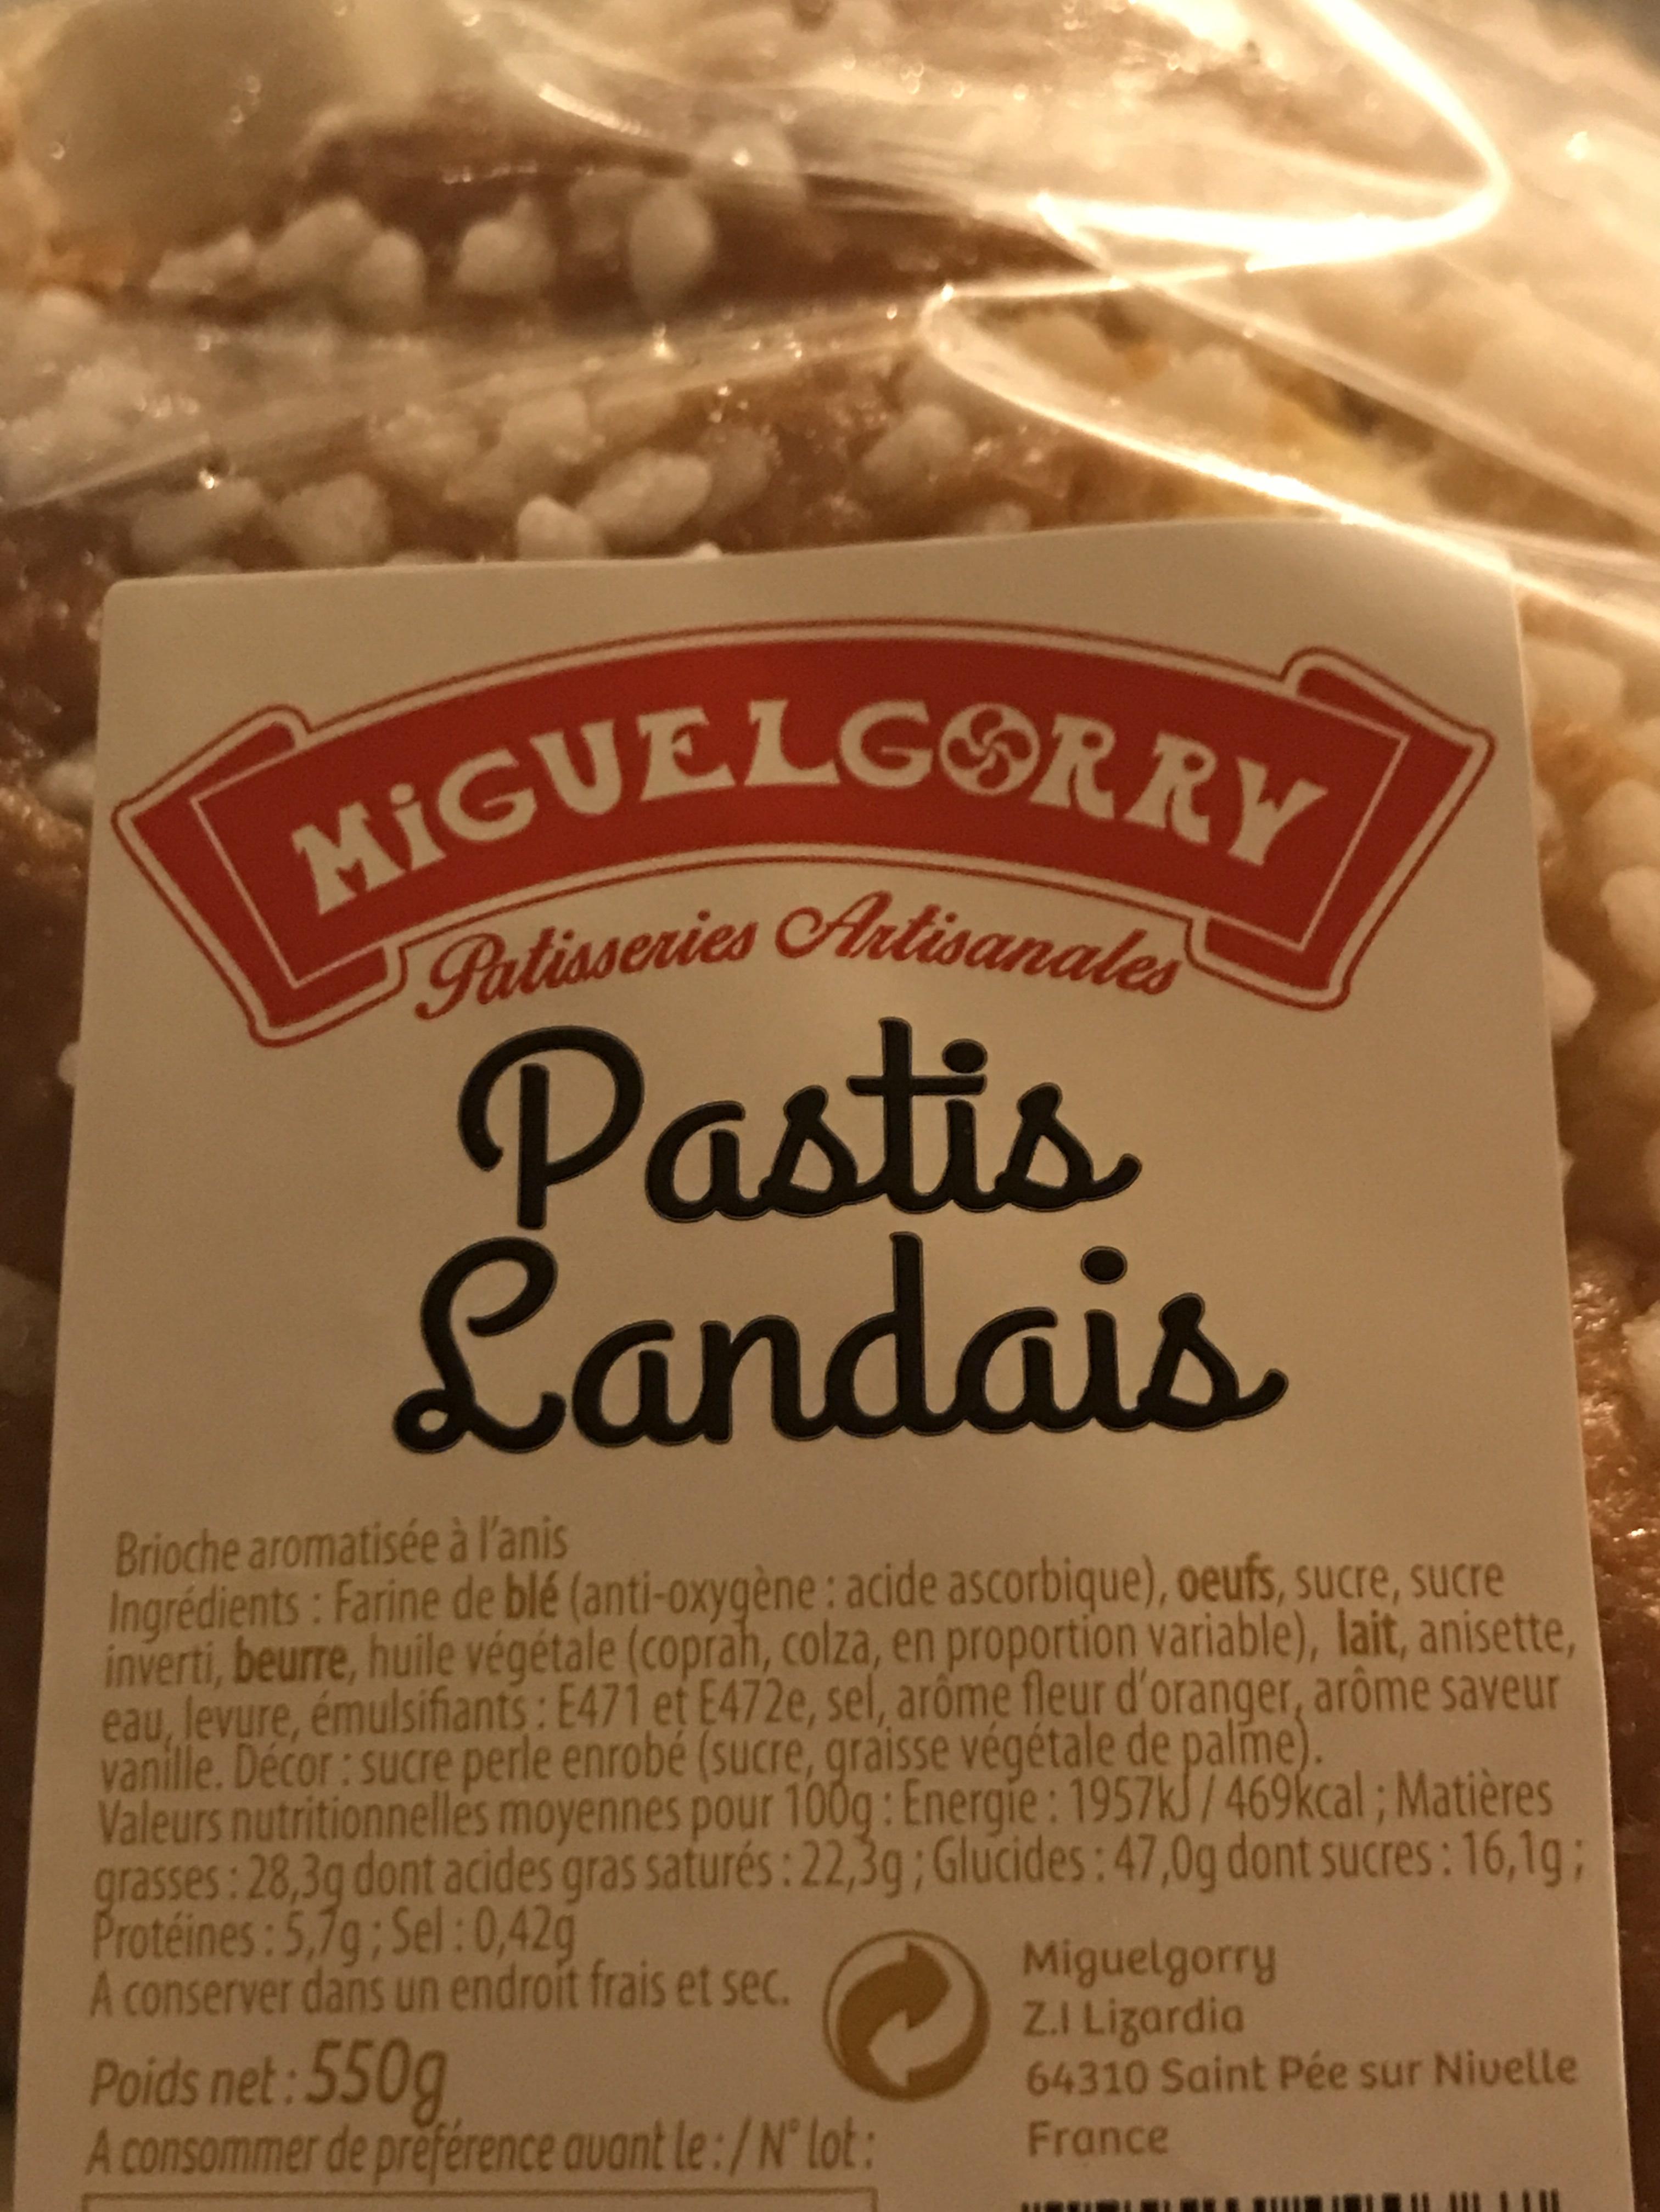
MIGUELG Patisseries Artisanales Pastis Landais
Brioche aromatisée à l'anis
Ingrédients: Farine de blé (anti-oxygène : acide ascorbique), oeufs, sucre, sucre inverti, beurre, huile végétale (coprah, colza, en proportion variable), lait, anisette, eau, levure, émulsifiants: E471 et E472e, sel, arôme fleur d'oranger, arôme saveur vanille. Décor: sucre perle enrobé (sucre, graisse végétale de palme).
Valeurs nutritionnelles moyennes pour 100g: Energie: 1957kJ/469kcal; Matières grasses: 28,3g dont acides gras saturés: 22,3g; Glucides: 47,0g dont sucres: 16,1g; Protéines: 5,7g; Sel: 0,42g
A conserver dans un endroit frais et sec.
Poids net: 550g
A consommer de préférence avant le:/N° lot:
Miguelgorry Z.I Lizardia
64310 Saint Pée sur Nivelle France
11